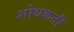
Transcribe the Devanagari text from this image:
शोधकर्ती